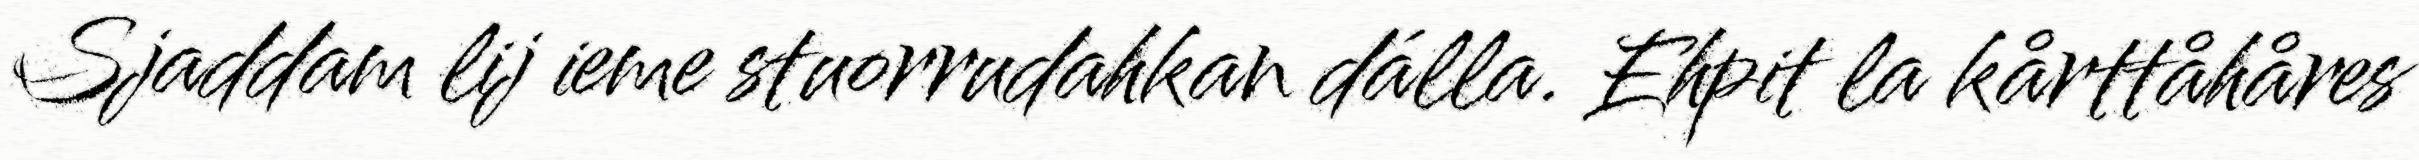
Sjaddam lij ieme stuorrudahkan dálla. Ehpit la kårttåhåres